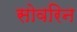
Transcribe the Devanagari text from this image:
सोवरिन